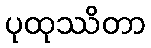
ပုထုဿိတာ